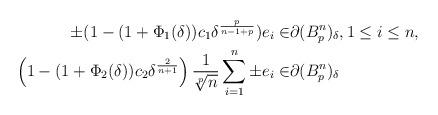
LaTeX: \begin{align*}\pm(1-(1+\Phi_1(\delta))c_1\delta^{\frac{p}{n-1+p}})e_{i}\in & \partial(B_p^n)_{\delta},1\leq i \leq n,\\\left(1-(1+\Phi_2(\delta))c_2\delta^{\frac{2}{n+1}}\right)\frac{1}{\sqrt[p]{n}}\sum_{i=1}^n \pm e_i\in & \partial (B_p^n)_{\delta}\end{align*}